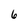
Character: 6